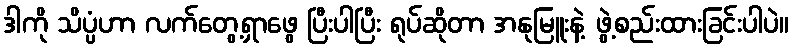
ဒါကို သိပ္ပံဟာ လက်တွေ့ရှာဖွေ ပြီးပါပြီး ရုပ်ဆိုတာ အနုမြူးနဲ့ ဖွဲ့စည်းထားခြင်းပါပဲ။